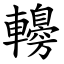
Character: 䡻